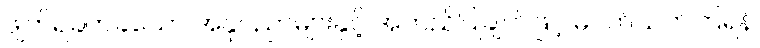
ဖျက်ရခက်ခဲသော အနုပညာများနှင့် အတည်ပြုချက်ဖြင့် မပတ်သက်ကြရန်